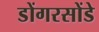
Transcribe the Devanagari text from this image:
डोंगरसोंडे